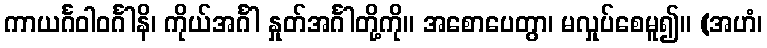
ကာယင်္ဂဝါဝင်္ဂါနိ၊ ကိုယ်အင်္ဂါ နှုတ်အင်္ဂါတို့ကို။ အစောပေတွာ၊ မလှုပ်စေမူ၍။ (အဟံ၊